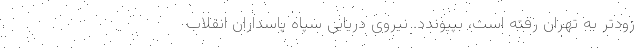
زودتر به تهران رفته است، بپیوندد. نیروی دریایی سپاه پاسداران انقلاب